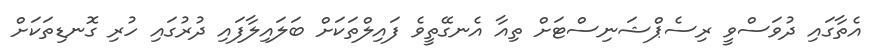
އެތާގައި ދުވަސްވީ ރިސެޕްޝަނިސްޓަށް ތިއާ އެނގޭތީވެ ފައިލްތަކަށް ބަލައިލާފައި ދުރުގައި ހުރި ގޮނޑިތަކަށް